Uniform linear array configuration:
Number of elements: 16
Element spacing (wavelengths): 0.75
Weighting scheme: hamming
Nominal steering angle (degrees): -15
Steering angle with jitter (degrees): -13.774
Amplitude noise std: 0.05
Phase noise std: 0.05

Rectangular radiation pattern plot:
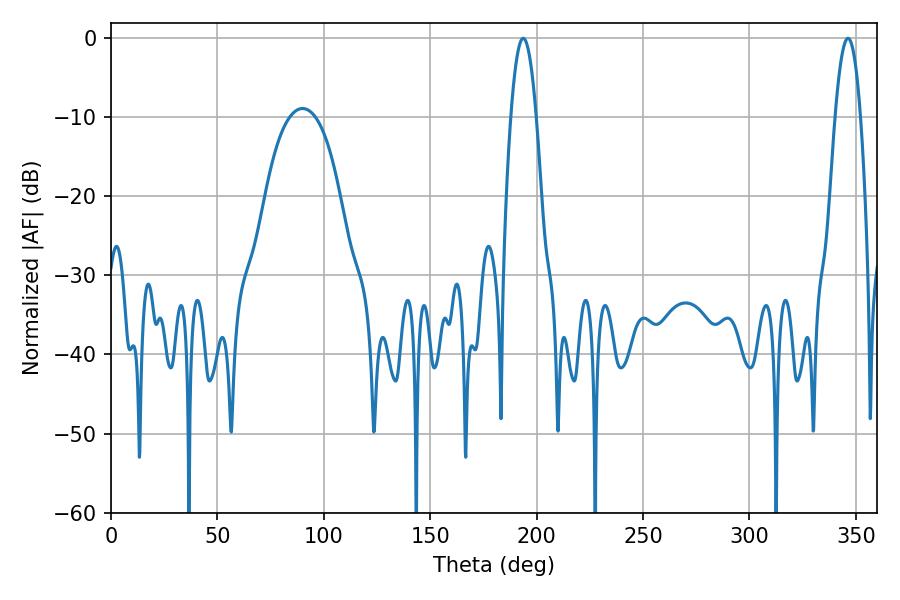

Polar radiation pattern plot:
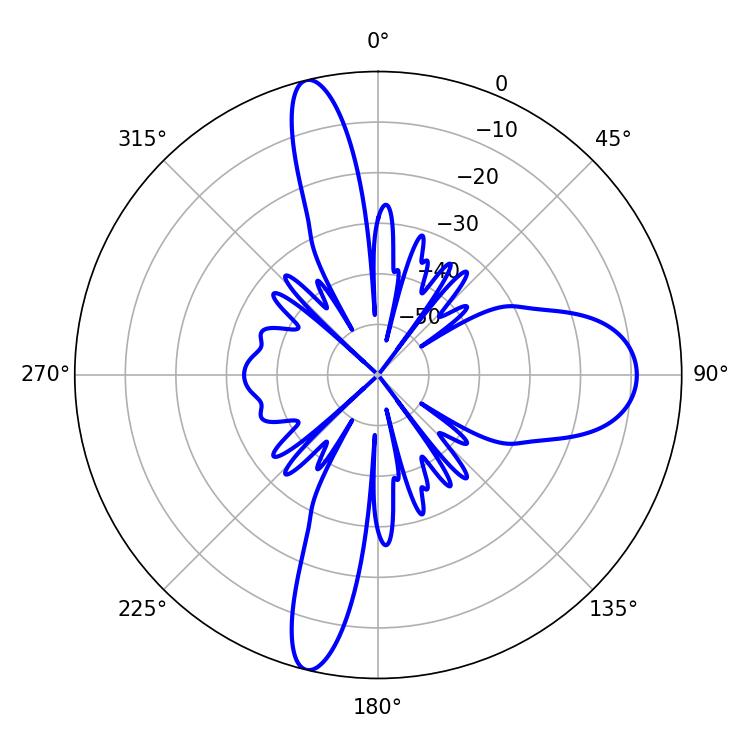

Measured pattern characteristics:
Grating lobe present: TRUE
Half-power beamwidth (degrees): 6.48
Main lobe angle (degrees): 193.68